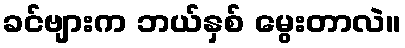
ခင်ဗျားက ဘယ်နှစ် မွေးတာလဲ။